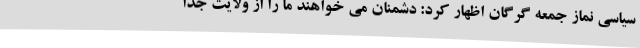
سیاسی نماز جمعه گرگان اظهار کرد: دشمنان می خواهند ما را از ولایت جدا